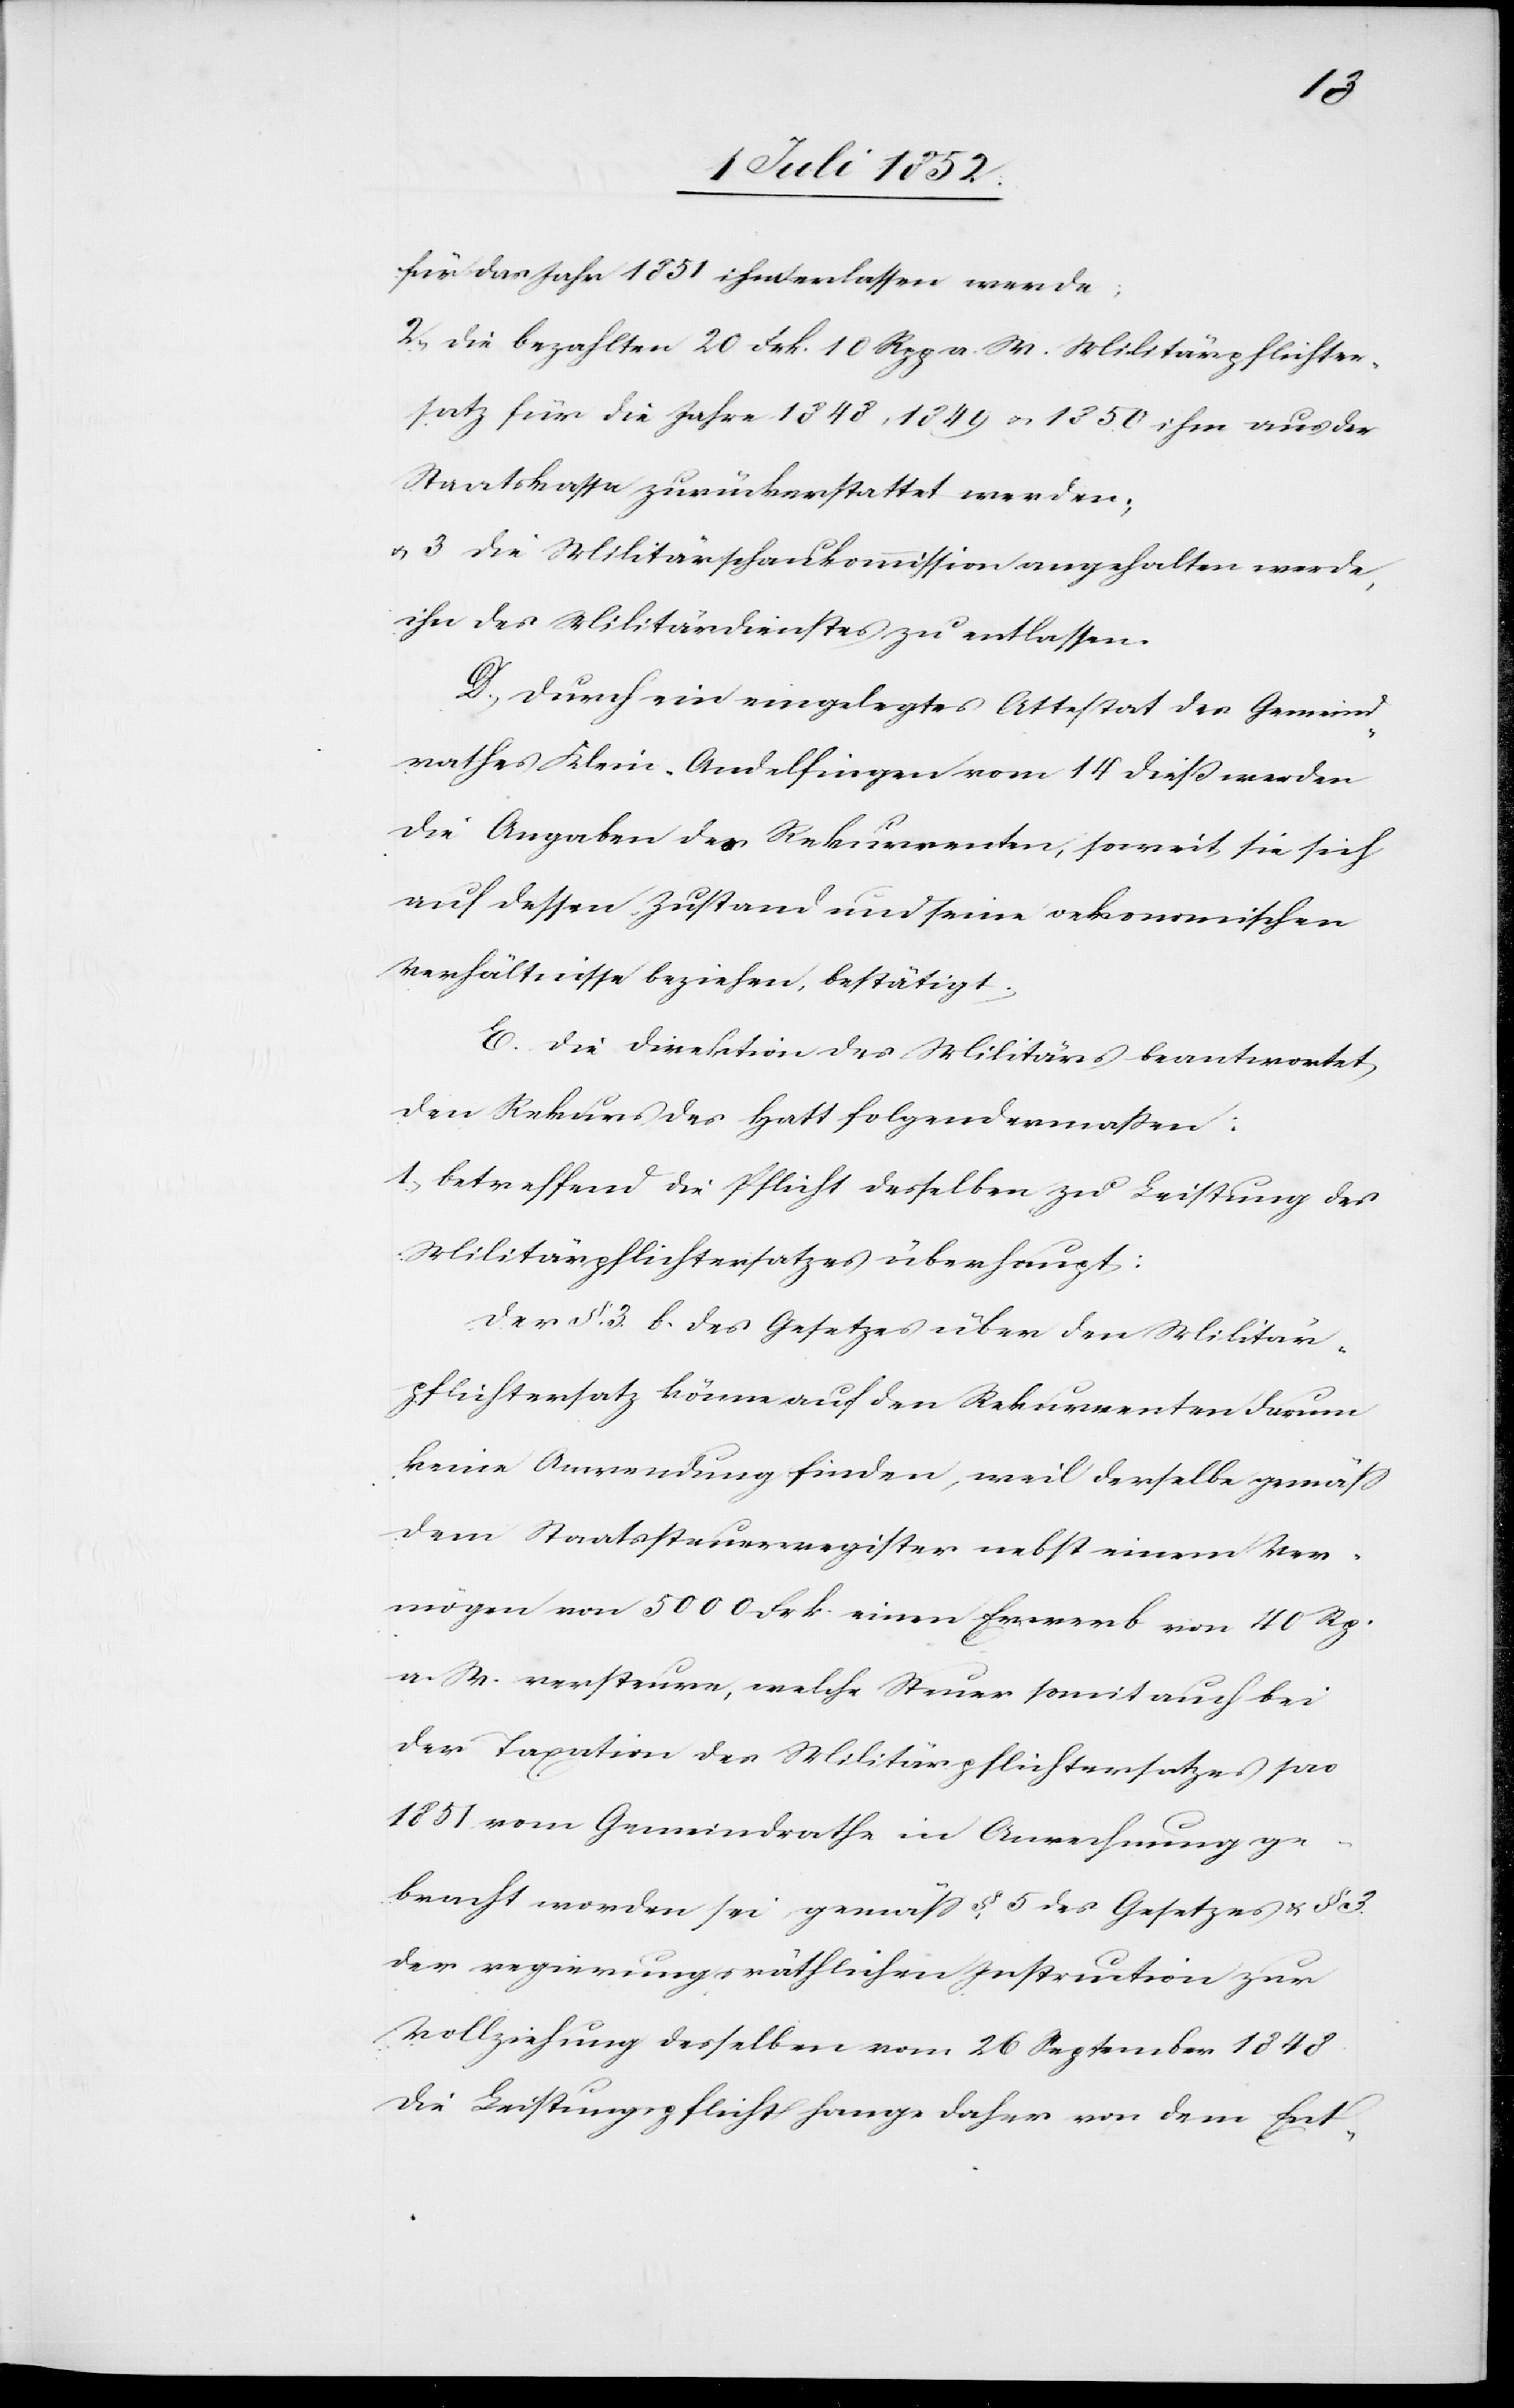
für das Jahr 1851 ihm erlassen werde;
2, die bezahlten 20 Frk. 10 Rpp a. W. Militärpflichter¬
satz für die Jahre 1848, 1849 & 1850 ihm aus der
Staatskassa zurückerstattet werden;
& 3 die Militärschaukommission angehalten werde,
ihn des Militärdienstes zu entlassen.
D., Durch ein eingelegtes Attestat des Gemeind¬
rathes Klein-Andelfingen vom 14 dieß werden
die Angaben des Rekurrenten, soweit sie sich
auf dessen Zustand und seine oekonomischen
Verhältnisse beziehen, bestätigt.
E. Die Direktion des Militärs beantwortet
den Rekurs des Hatt folgendermaßen:
1., betreffend die Pflicht desselben zu Leistung des
Militärpflichtersatzes überhaupt:
Der §. 3. des Gesetzes über den Militär¬
pflichtersatz könne auf den Rekurrenten darum
keine Anwendung finden, weil derselbe gemäss
dem Staatssteuerregister nebst einem Ver¬
mögen von 5000 Frk. einen Erwerb von 40 Rp.
a. W. versteure, welche Steuer somit auch bei
der Taxation des Militärpflichtersatzes pro
1851 vom Gemeindrathe in Anrechnung ge¬
bracht worden sei, gemäss §. 5 des Gesetzes & § 3.
der regierungsräthlichen Instruktion zur
Vollziehung desselben vom 26 September 1848.
Die Leistungspflicht hange daher von dem Ent-